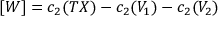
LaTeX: [ W ] = c _ { 2 } ( T X ) - c _ { 2 } ( V _ { 1 } ) - c _ { 2 } ( V _ { 2 } )